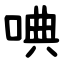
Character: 唺